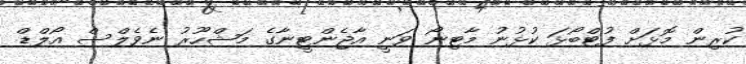
ކުރިން މޮޅަށް ފުޓްބޯޅަ ކުޅުނު މާޓިނޯ ވަނީ އާޖެންޓީނާގެ މަޝްހޫރު ނެވެލްސް އޯލްޑް